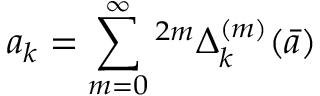
a _ { k } = \sum _ { m = 0 } ^ { \infty } \L ^ { 2 m } { \Delta _ { k } ^ { ( m ) } } ( \bar { a } )